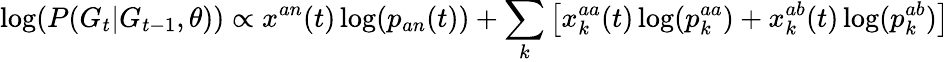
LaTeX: \log(P(G_{t}|G_{t-1},\theta))\propto x^{an}(t)\log(p_{an}(t))+\sum_{k}\left[x_{k}^{aa}(t)\log(p_{k}^{aa})+x_{k}^{ab}(t)\log(p_{k}^{ab})\right]